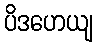
ပိဒဟေယျ